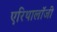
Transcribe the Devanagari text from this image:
एरिथालॉजी